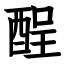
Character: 酲